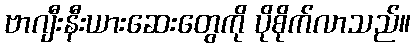
ဗာဂျီးနီးယားဆေးတွေကို ပိုစိုက်လာသည်။